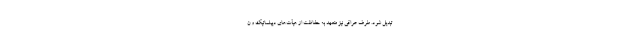
تبدیل شود. طرف عراقی نیز متعهد به حفاظت از هیأت‌های دیپلماتیک و ن